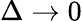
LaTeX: \Delta\rightarrow 0